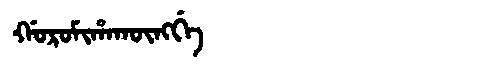
Manchu: ᡤᠣᡵᠣᠮᡳᡥᠠᡴᡡᠩᡤᡝ
Romanization: GOROMIHAKŪNGGE